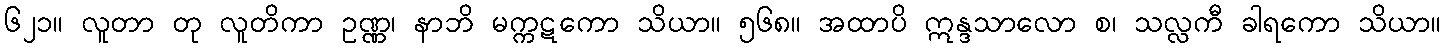
၆၂၁။ လူတာ တု လူတိကာ ဥဏ္ဏ၊ နာဘိ မက္ကဋကော သိယာ။ ၅၆၈။ အထာပိ ဣန္ဒသာလော စ၊ သလ္လကီ ခါရကော သိယာ။